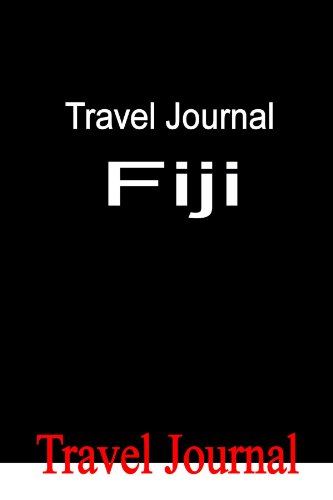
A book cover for Travel Journal Fiji; E Locken; Travel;